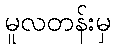
မူလတန်းမှ